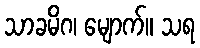
သာခမိဂ၊ မျောက်။ သရ